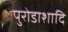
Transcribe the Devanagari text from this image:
पुरोडाशादि